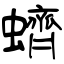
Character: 蠐